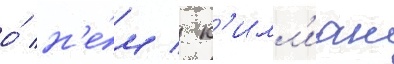
о́ н'е́м / к'илл'иан